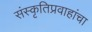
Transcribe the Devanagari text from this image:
संस्कृतिप्रवाहांचा